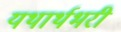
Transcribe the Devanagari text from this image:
यथार्थभरी